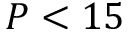
P < 1 5